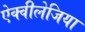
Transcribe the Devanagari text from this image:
ऐक्वीलेजिया